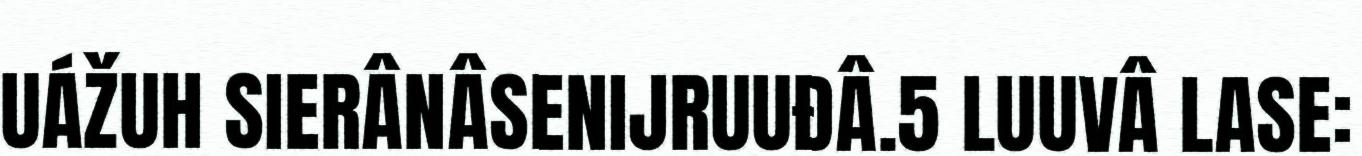
UÁŽUH SIERÂNÂSENIJRUUĐÂ.5 LUUVÂ LASE: